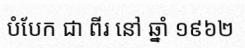
បំបែក ជា ពីរ នៅ ឆ្នាំ ១៩៦២